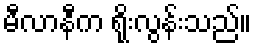
မီလာနီက ရိုးလွန်းသည်။